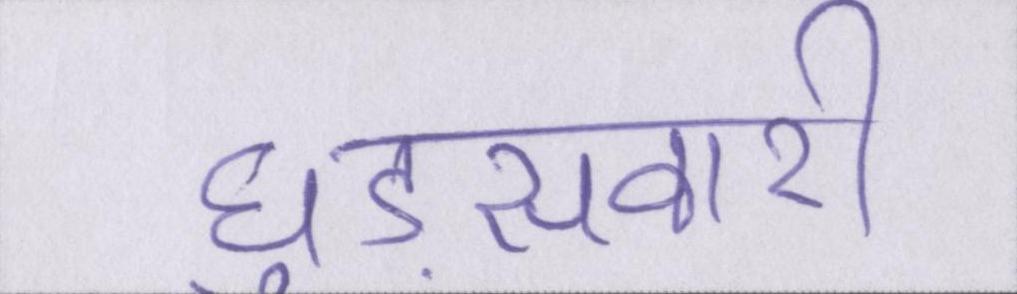
घुड़सवारी